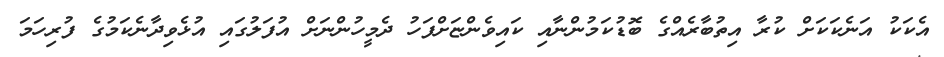
އެކަކު އަނެކަކަށް ކުރާ އިތުބާރެއްގެ ބޮޑުކަމުންނާއި ކައިވެންޏަށްފަހު ދެމީހުންނަށް އުފަލުގައި އުޅެވިދާނެކަމުގެ ފުރިހަމަ